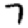
Digit: 7